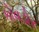
કોવડોર